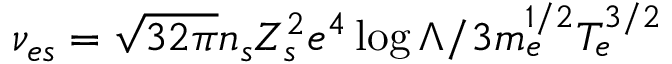
\nu _ { e s } = \sqrt { 3 2 \pi } n _ { s } Z _ { s } ^ { 2 } e ^ { 4 } \log \Lambda / 3 m _ { e } ^ { 1 / 2 } T _ { e } ^ { 3 / 2 }